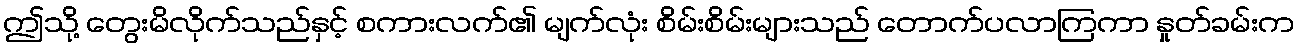
ဤသို့ တွေးမိလိုက်သည်နှင့် စကားလက်၏ မျက်လုံး စိမ်းစိမ်းများသည် တောက်ပလာကြကာ နှုတ်ခမ်းက